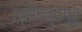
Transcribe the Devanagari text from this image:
श्रीदत्तगुरू